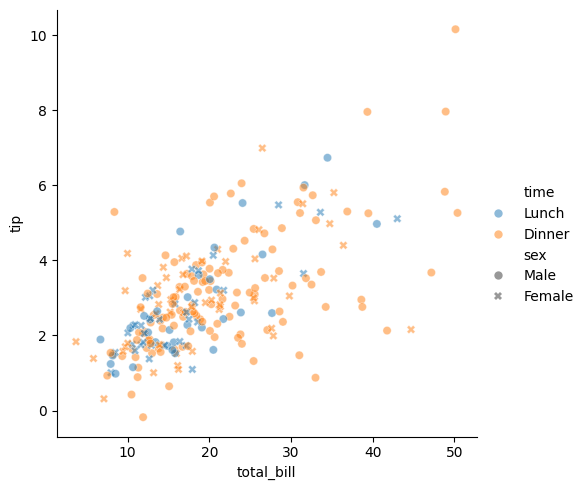
python, seaborn, relplot, alpha=0.5